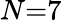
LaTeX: N{=}7